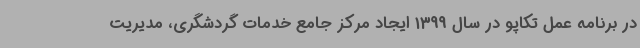
در برنامه عمل تکاپو در سال 1399 ایجاد مرکز جامع خدمات گردشگری، مدیریت